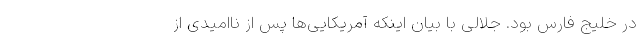
در خلیج فارس بود. جلالی با بیان اینکه آمریکایی‌ها پس از ناامیدی از